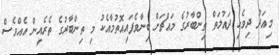
މިއަދު ދިވެހި ދައުލަތް ތިންބާރުގެ މައްޗަށް ބިނާވެފައިއޮތުމާއެކު މި ތިންބާރުގެ ތެރެއިން އެއްވެސް